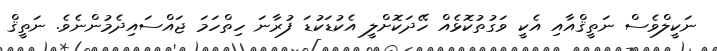
ނަކީލްވެސް ނަތީޤްއާއި އެކީ ވަގުތުކޮޅެއް ހޭދަކޮށްލީ އެކުޑަކުޑަ ފުރާނަ ހިތްހަމަ ޖައްސައިދެމުންނެވެ. ނަތީޤް